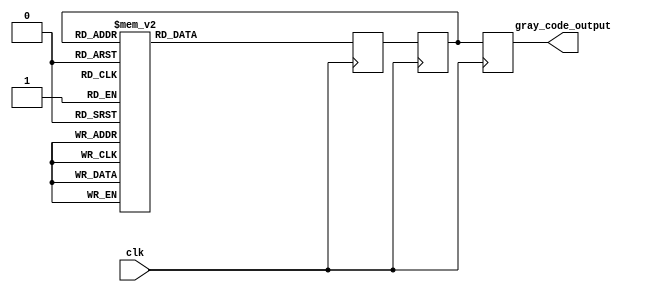
module gray_code_ring_counter (
    input wire clk,
    output reg [3:0] gray_code_output
);

reg [3:0] current_state;
reg [3:0] next_state;

always @(posedge clk) begin
    case(current_state)
        4'b0000: next_state = 4'b0001;
        4'b0001: next_state = 4'b0011;
        4'b0011: next_state = 4'b0010;
        4'b0010: next_state = 4'b0110;
        4'b0110: next_state = 4'b0111;
        4'b0111: next_state = 4'b0101;
        4'b0101: next_state = 4'b0100;
        4'b0100: next_state = 4'b1100;
        4'b1100: next_state = 4'b1101;
        4'b1101: next_state = 4'b1111;
        4'b1111: next_state = 4'b1110;
        4'b1110: next_state = 4'b1010;
        4'b1010: next_state = 4'b1011;
        4'b1011: next_state = 4'b1001;
        4'b1001: next_state = 4'b1000;
        4'b1000: next_state = 4'b0000;
    endcase
end

always @(posedge clk) begin
    current_state <= next_state;
    gray_code_output <= current_state;
end

endmodule